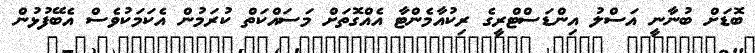
ބޮޑަށް ބުނާނީ އަސްލު އިންޑަސްޓްރީގެ ރިކުއާމެންޓާ އެއްގޮތަށް މަސައްކަތް ކުރަމުން އެކަމަކުވެސް އެބޭފުޅުން